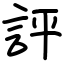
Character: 評